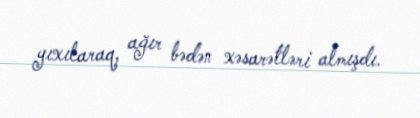
yıxılaraq, ağır bədən xəsarətləri almışdı.